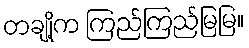
တချို့က ကြည်ကြည်မြမြ။